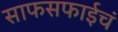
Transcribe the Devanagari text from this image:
साफसफाईचं